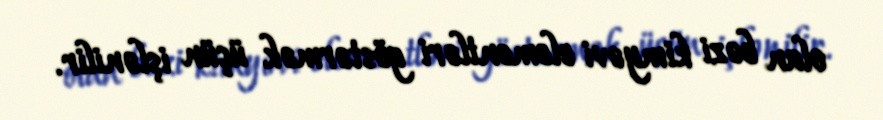
olan bəzi kimyəvi elementləri göstərmək üçün işlənilir.